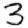
Digit: 3